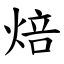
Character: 焙